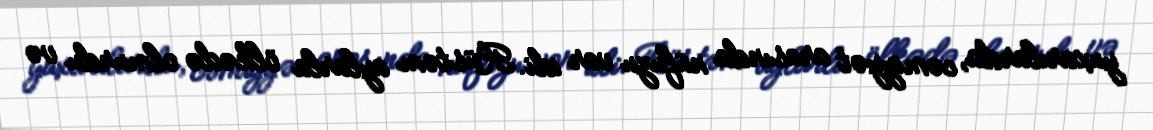
yuxarılarda, cəmiyyət arasında nüfuzu var idi. Rüstəm aylarla ölkədə olmurdu və